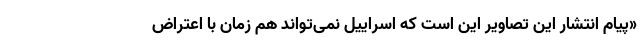
«پیام انتشار این تصاویر این است که اسراییل نمی‌تواند هم زمان با اعتراض